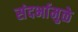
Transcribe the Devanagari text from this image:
संदर्भामुळे